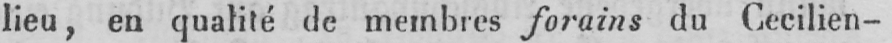
lieu, en qualité de membres forains du Cecilien-